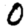
Digit: 0